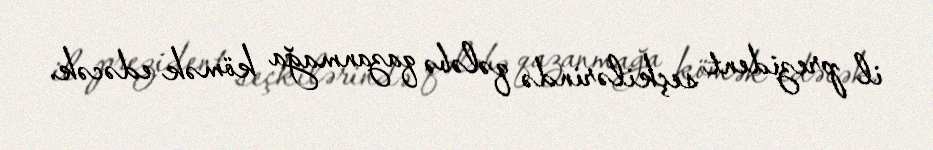
il prezident seçkilərində qələbə qazanmağa kömək edəcək.